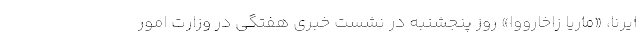
ایرنا، «ماریا زاخارووا» روز پنجشنبه در نشست خبری هفتگی در وزارت امور